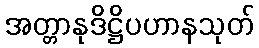
အတ္တာနုဒိဋ္ဌိပဟာနသုတ်